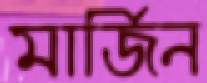
মার্জিন